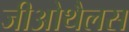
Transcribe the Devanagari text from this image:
जीओथैलस